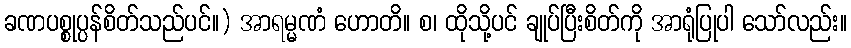
ခဏပစ္စုပ္ပန်စိတ်သည်ပင်။) အာရမ္မဏံ ဟောတိ။ စ၊ ထိုသို့ပင် ချုပ်ပြီးစိတ်ကို အာရုံပြုပါ သော်လည်း။